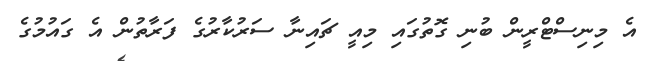
އެ މިނިސްޓްރީން ބުނި ގޮތުގައި މިއީ ޗައިނާ ސަރުކާރުގެ ފަރާތުން އެ ގައުމުގެ